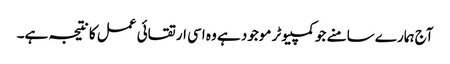
آج ہمارے سامنے جو کمپیوٹر موجود ہے وہ اسی ارتقائی عمل کا نتیجہ ہے۔